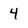
Character: 4